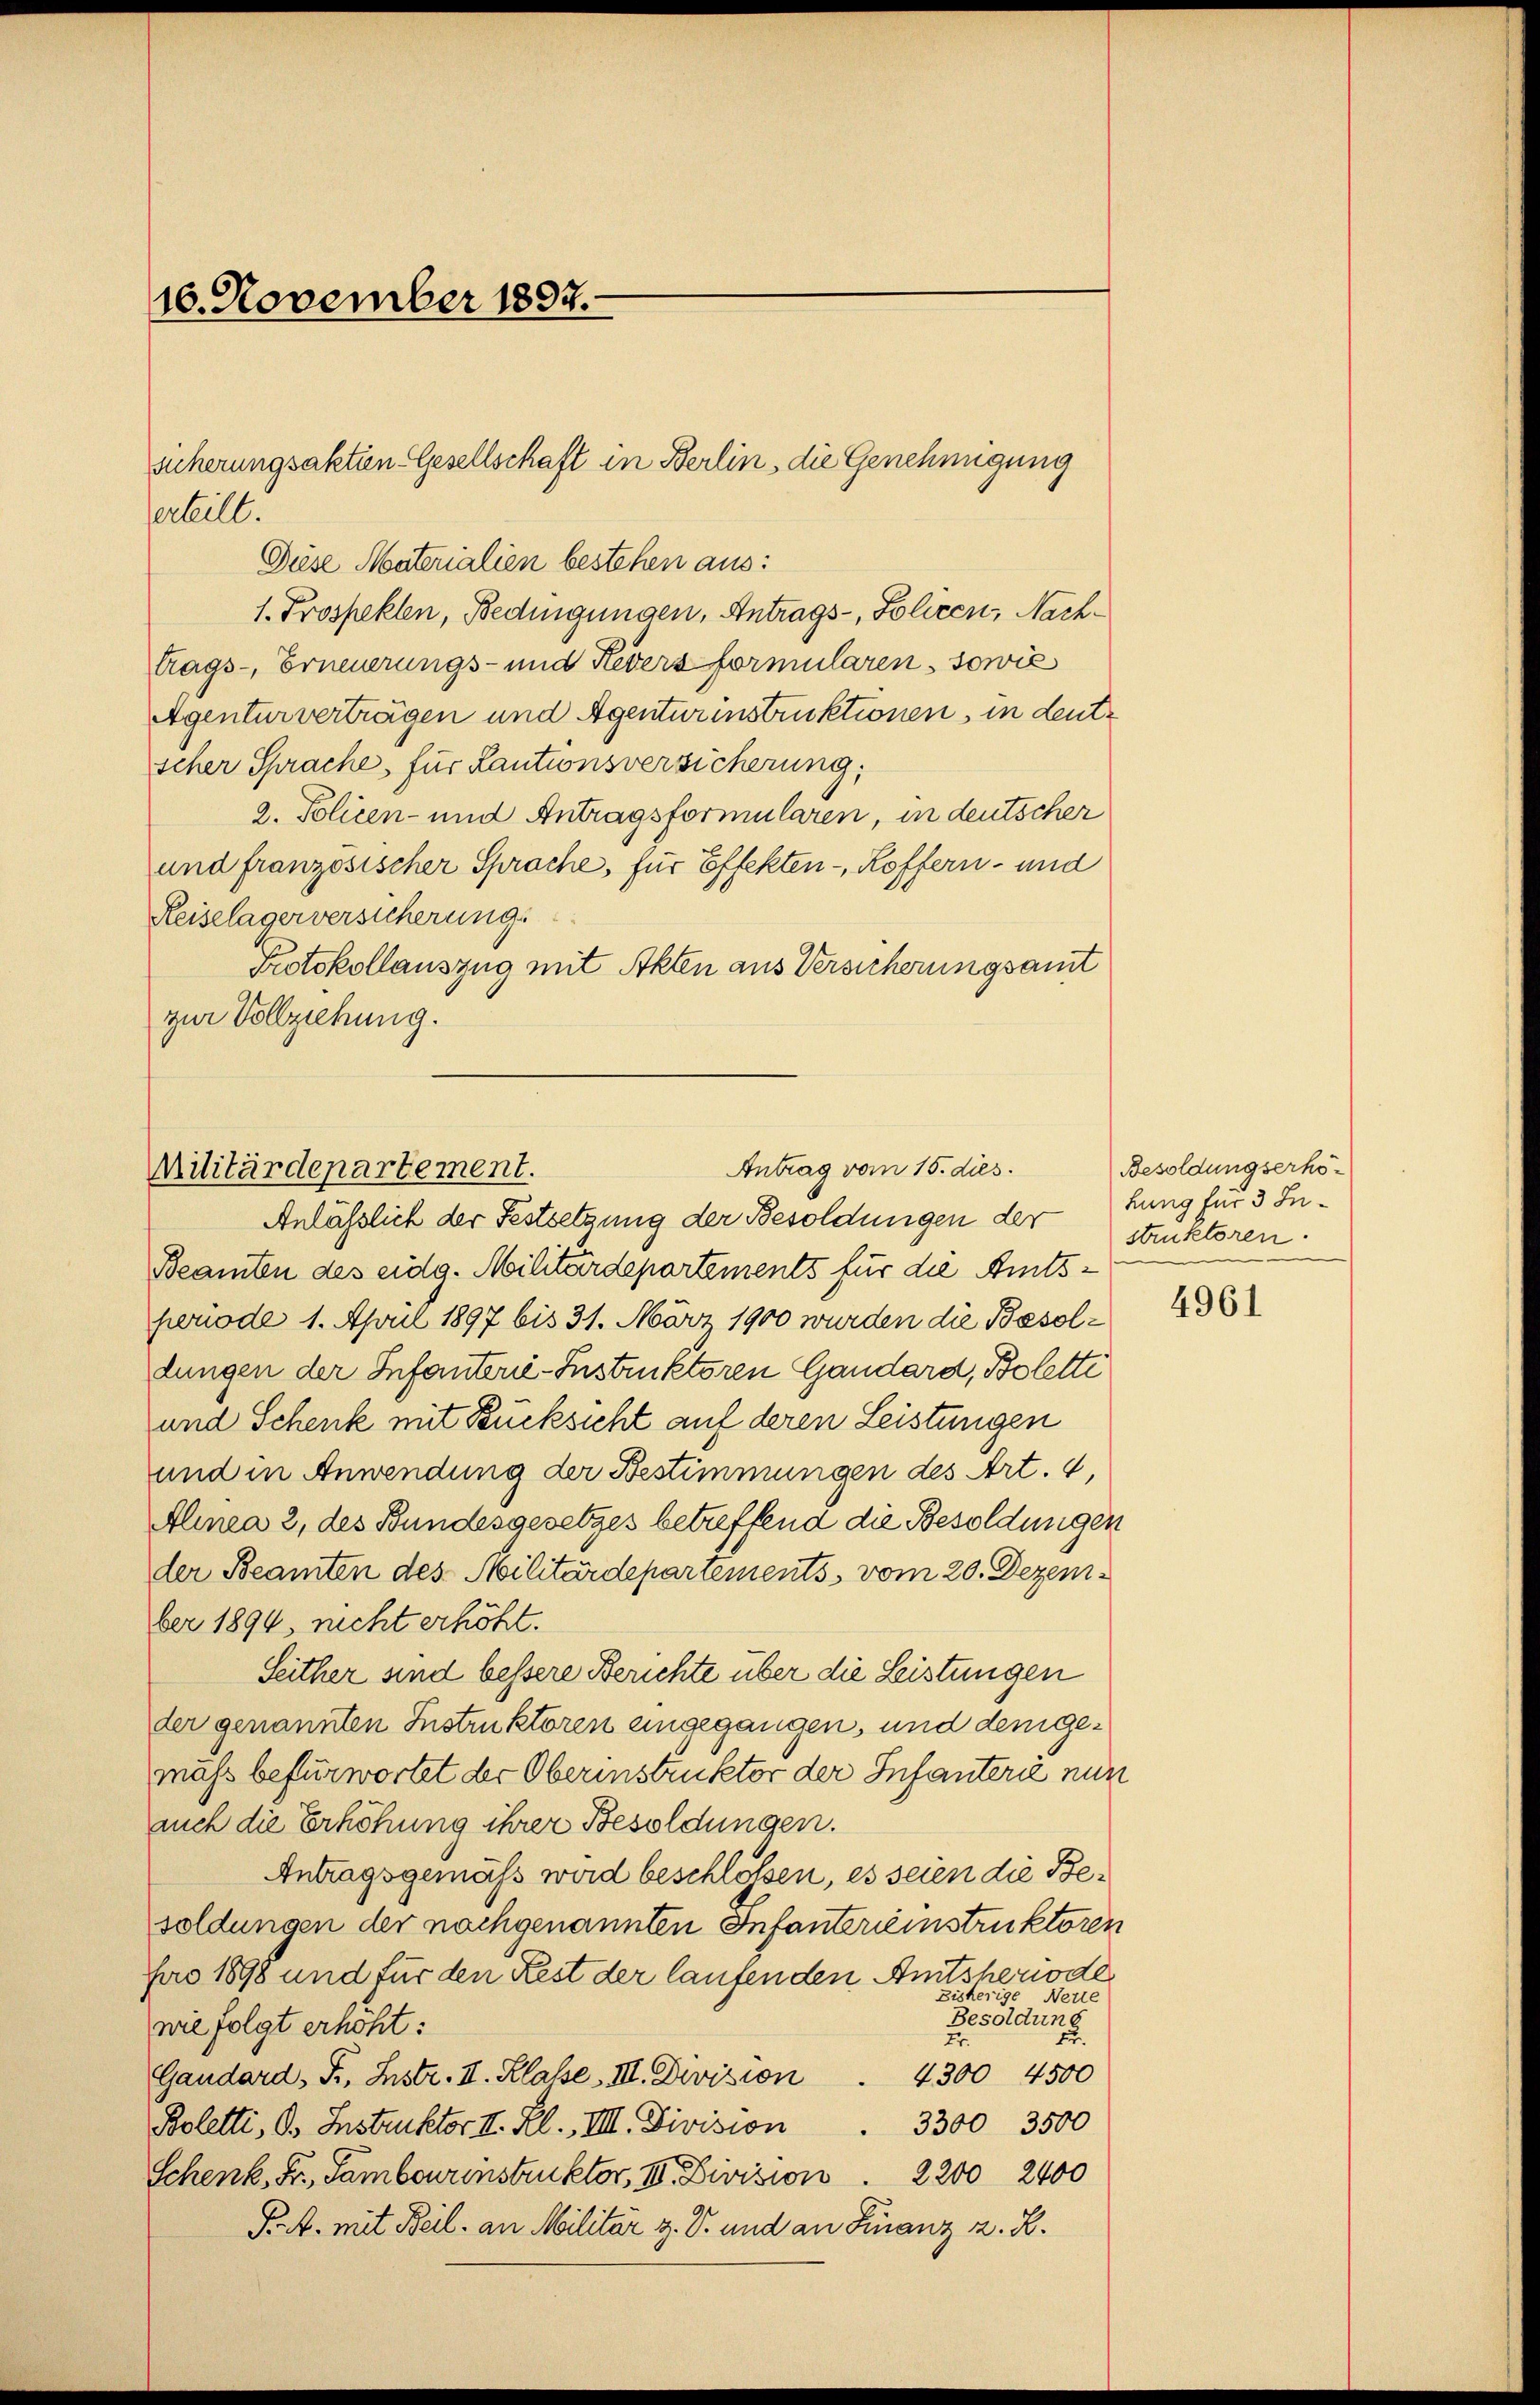
10. November 1897.

sicherungsaktien-Gesellschaft in Berlin, die Genehmigung
erteilt.

Diese Materialien bestehen aus:
1. Prospekten, Bedingungen, Antrags-, Polizen, Nachtrags-, Erneuerungs- und Kevers formularen, sowie
Agentur verträgen und Agenturinstruktionen, in deutscher Sprache, für Kautionsversicherung,
2. Policen- und Antragsformularen, in deutscher
und französischer Sprache, für Effekten - Roffern- und
Reiselagerversicherung
Protokollauszug mit Akten aus Versicherungsamt
zur Vollziehung.

Antrag vom 15. dies
Militärdepartement.
Anlässlich der Festsetzung der Besoldungen der struktoren

Beamten des eidg. Militärdepartements für die Amtsperiode 1. April 1897 bis 31. März 1900 wurden die Besoldungen der Infanterie-Instruktoren Gandard, Boletti
und Schenk mit Rücksicht auf deren Leistungen
und in Anwendung der Bestimmungen des Art. 4,
Alinea 2, des Bundesgesetzes betreffend die Besoldungen
der Beamten des Militärdepartements, vom 20. Dezember 1894, nicht erhöht.
Seither sind bessere Berichte über die Leistungen
der genannten Instruktoren eingegangen, und dem gemäss befürwortet der Oberinstruktor der Infanterie nun
auch die Erhöhung ihrer Besoldungen.
Antragsgemäß wird beschlossen, es seien die Besoldungen der nachgenannten Infantereinstruktoren
pro 1898 und für den Rest der laufenden Amtsheriode
Bisherige Nette
Besoldung
wie folgt erhöht:
Er.
Gandard, P. Listr. II. Klasse III. Division . 4300 4500
3300 3500
Boletti, B. Instruktor II. Kl. VIII. Division
Schenk, Fr. Sambourinstruktor. III. Division        2200 2400
P.A. mit Beil, an Militär v. V. und an Finanz z. B.

Besoldungserhöhung für 3 Le¬

4961